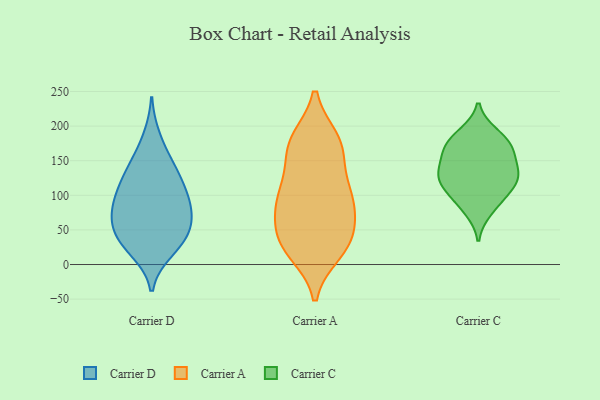
{"axis": {"x": "Temperature (°C)", "y": "Value"}, "legend": ["Carrier A", "Carrier C", "Carrier D"], "data": [{"x": "", "y": 19, "type": "Carrier D"}, {"x": "", "y": 154, "type": "Carrier D"}, {"x": "", "y": 74, "type": "Carrier D"}, {"x": "", "y": 109, "type": "Carrier D"}, {"x": "", "y": 55, "type": "Carrier D"}, {"x": "", "y": 186, "type": "Carrier D"}, {"x": "", "y": 85, "type": "Carrier D"}, {"x": "", "y": 86, "type": "Carrier D"}, {"x": "", "y": 56, "type": "Carrier D"}, {"x": "", "y": 40, "type": "Carrier D"}, {"x": "", "y": 90, "type": "Carrier D"}, {"x": "", "y": 18, "type": "Carrier D"}, {"x": "", "y": 70, "type": "Carrier D"}, {"x": "", "y": 42, "type": "Carrier D"}, {"x": "", "y": 135, "type": "Carrier D"}, {"x": "", "y": 114, "type": "Carrier D"}, {"x": "", "y": 35, "type": "Carrier D"}, {"x": "", "y": 116, "type": "Carrier D"}, {"x": "", "y": 143, "type": "Carrier D"}, {"x": "", "y": 18, "type": "Carrier A"}, {"x": "", "y": 177, "type": "Carrier A"}, {"x": "", "y": 180, "type": "Carrier A"}, {"x": "", "y": 92, "type": "Carrier A"}, {"x": "", "y": 34, "type": "Carrier A"}, {"x": "", "y": 85, "type": "Carrier A"}, {"x": "", "y": 174, "type": "Carrier A"}, {"x": "", "y": 108, "type": "Carrier A"}, {"x": "", "y": 99, "type": "Carrier A"}, {"x": "", "y": 173, "type": "Carrier A"}, {"x": "", "y": 28, "type": "Carrier A"}, {"x": "", "y": 57, "type": "Carrier A"}, {"x": "", "y": 109, "type": "Carrier A"}, {"x": "", "y": 24, "type": "Carrier A"}, {"x": "", "y": 73, "type": "Carrier A"}, {"x": "", "y": 37, "type": "Carrier A"}, {"x": "", "y": 148, "type": "Carrier A"}, {"x": "", "y": 167, "type": "Carrier C"}, {"x": "", "y": 137, "type": "Carrier C"}, {"x": "", "y": 124, "type": "Carrier C"}, {"x": "", "y": 109, "type": "Carrier C"}, {"x": "", "y": 189, "type": "Carrier C"}, {"x": "", "y": 93, "type": "Carrier C"}, {"x": "", "y": 164, "type": "Carrier C"}, {"x": "", "y": 114, "type": "Carrier C"}, {"x": "", "y": 166, "type": "Carrier C"}, {"x": "", "y": 134, "type": "Carrier C"}, {"x": "", "y": 132, "type": "Carrier C"}, {"x": "", "y": 183, "type": "Carrier C"}, {"x": "", "y": 78, "type": "Carrier C"}]}